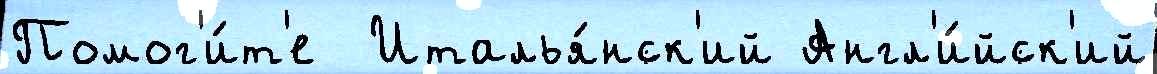
Помог'и́т'е  Италья́нск'ий Англ'и́йск'ий